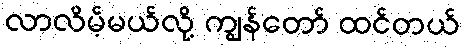
လာလိမ့်မယ်လို့ ကျွန်တော် ထင်တယ်